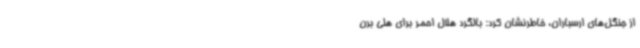
از جنگل‌های ارسباران، خاطرنشان کرد: بالگرد هلال احمر برای هلی برن